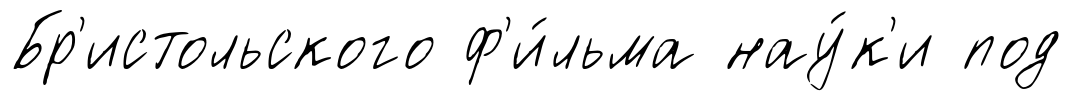
Бр'истольского ф'и́льма нау́к'и под